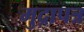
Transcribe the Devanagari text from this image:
मुद्रापत्र